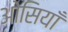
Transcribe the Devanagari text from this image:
ओसियाँ